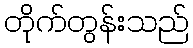
တိုက်တွန်းသည်